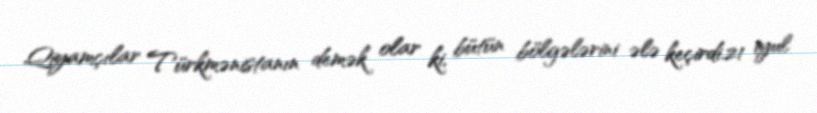
Qiyamçılar Türkmənistanın demək olar ki, bütün bölgələrini ələ keçirdi.21 iyul